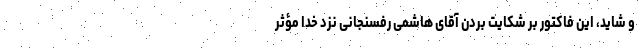
و شاید، این فاکتور بر شکایت بردن آقای هاشمی رفسنجانی نزد خدا مؤثر